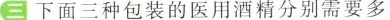
三 下面三种包装的医用酒精分别需要多